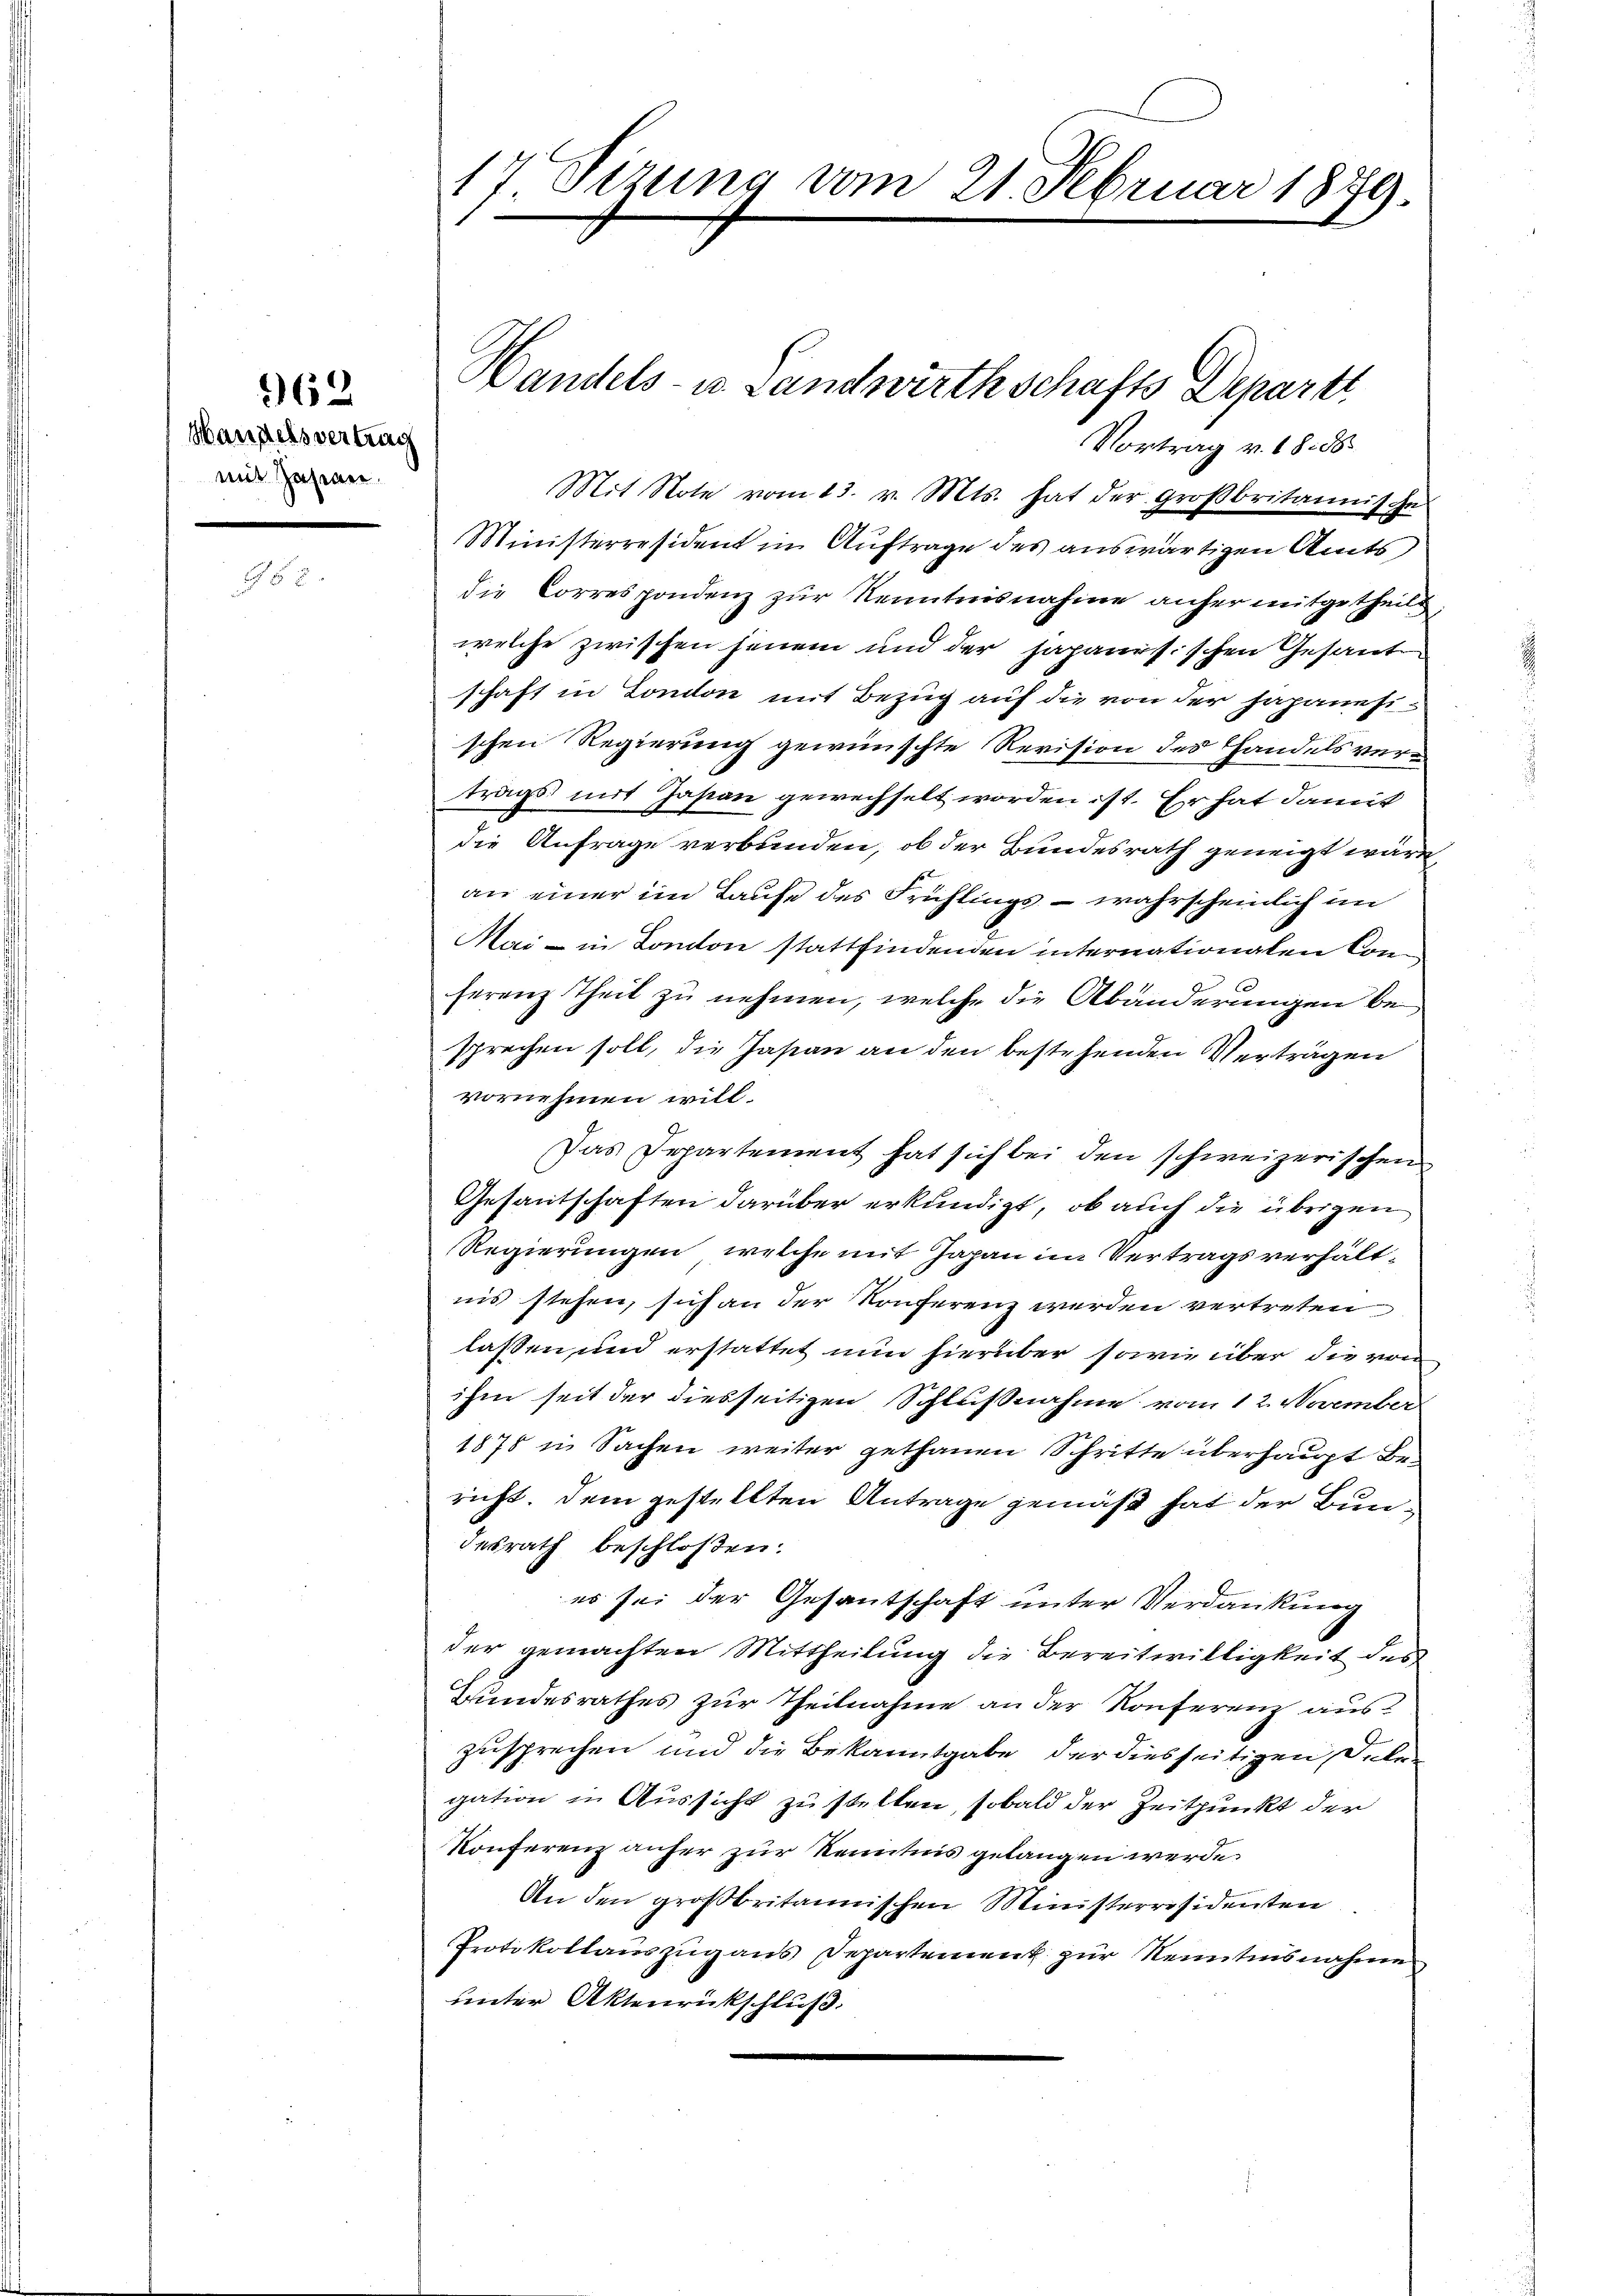
962

Handelsvertrag
mit Jahren.

17 Fizung vom 21. Februar 1879.

Vortrag v. 18. 58
Mit Note vom 13. v. Mts. hat der Großbritannische
Ministerresident in Auftrage des auswärtigen Amts
die Correspondenz zur Kenntnisnahme anher mitgetheilt
welche zwischen jenem und der Japanesischen Gesante
schaft in London mit Bezug auf die von der Japanesischen Regierung gewünschte Revision des Handelsvertrags mit Japan gewechselt worden ist. Er hat damit
die Anfrage verbunden, ob der Bundesrath geneigt wäre,
an einer im Laufe des Frühlings - wahrscheinlich im
Mai- in Conton stattfindenden internationalen Conferenz Theil zu nehmen, welche die Abänderungen besprechen soll, die Jasian an den bestehenden Verträgen
vornehmen will.
Das Departement hat sich bei den schweizerischen
Gesantschaften darüber erkundigt, ob auch die übrigen
Regierungen, welche mit Japan im Vertragsverhältnis stehen, sich an der Konferenz werden vertreten
lassen und erstattet nun hierüber sowie über die von
ihm seit der diesseitigen Schlußnahme vom 12. November
1878 in Sachen weiter gethanen Schritte überhaupt Bericht. Dem gestellten Antrage gemäß hat der Bundesrath beschloßen:
es sei der Gesantschaft unter Verdankung
der gemachten Mittheilung die Bereitwilligkeit des
Bundesrathes zur Theilnahme an der Konferenz auszusprechen und die Bekanntgabe der diesseitigen Dele
gation in Aussicht zu stellen, sobald der Zeitpunkt der
Konferenz anher zur Kenntnis gelangen werde.
An den großbritannischen Ministerresidenten
Protokollauszug aus Departement zur Kenntnisnahme
unter Aktenrückschluß:
.

Handels- u. Landwirthschafts Departi